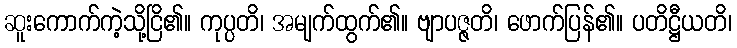
ဆူးကောက်ကဲ့သို့ငြိ၏။ ကုပ္ပတိ၊ အမျက်ထွက်၏။ ဗျာပဇ္ဇတိ၊ ဖောက်ပြန်၏။ ပတိဋ္ဌီယတိ၊